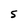
Character: S